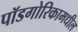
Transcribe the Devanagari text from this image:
पॉडगोरिकामधील